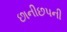
છાનીછપની